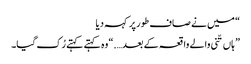
“ میں نے صاف طور پر کہہ دیا
” ہاں تّنی والے واقعہ کے بعد….“ وہ کہتے کہتے رُک گیا۔